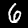
Label: 6